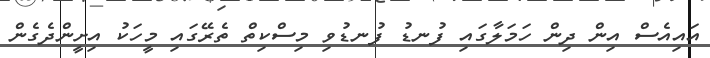
އައިއެސް އިން ދިން ހަމަލާގައި ފުނޑު ފުނޑުވި މިސްކިތް ތެރޭގައި މީހަކު އިށީންދެގެން